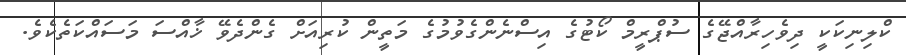
ކްލިނިކަކީ ދިވެހިރާއްޖޭގެ ސުޕްރީމް ކޯޓުގެ އިސްނެންގެވުމުގެ މަތީން ކުރިއަށް ގެންދެވޭ ޚާއްސަ މަސައްކަތެކެވެ.